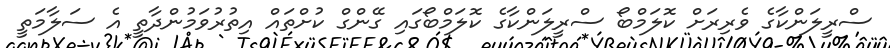
ސްރީލަންކާގެ ވެރިރަށް ކޮލަމްބޯ ސްރީލަންކާގެ ކޮލަމްބޯގައި ގޭންގް ކުށްތައް އިތުރުވަމުންދާތީ އެ ސަލާމަތީ